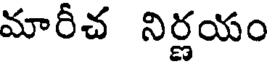
మారీచ నిర్ణయం